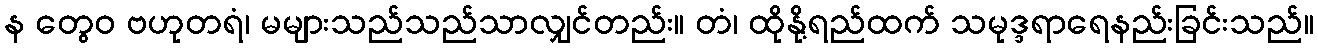
န တွေဝ ဗဟုတရံ၊ မများသည်သည်သာလျှင်တည်း။ တံ၊ ထိုနို့ရည်ထက် သမုဒ္ဒရာရေနည်းခြင်းသည်။